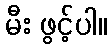
မီး ဖွင့်ပါ။